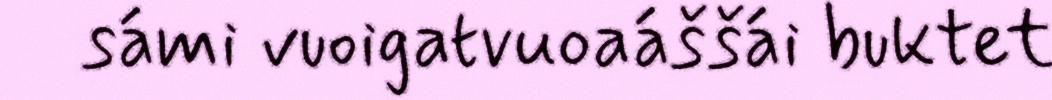
sámi vuoigatvuoaáššái buktet